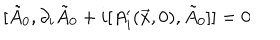
[ \tilde { A } _ { 0 } , \partial _ { i } \tilde { A } _ { 0 } + i [ A _ { i } ^ { \prime } ( \vec { x } , 0 ) , \tilde { A } _ { 0 } ] ] = 0